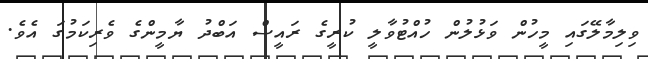
ވިލިމާލޭގައި މީހުން ވަޅުލުން ހުއްޓުވާލީ ކުރީގެ ރައީސް އަބްދު ޔާމީންގެ ވެރިކަމުގަ އެވެ.